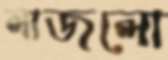
লাজলো